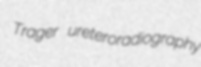
Trager ureteroradiography